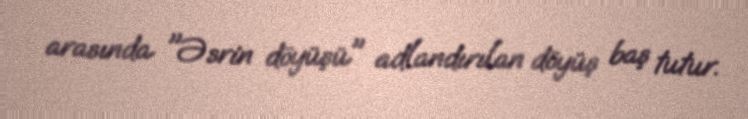
arasında "Əsrin döyüşü" adlandırılan döyüş baş tutur.